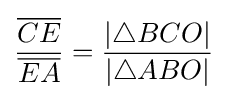
{\frac {\overline {CE}}{\overline {EA}}}={\frac {|\triangle BCO|}{|\triangle ABO|}}